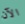
الآن